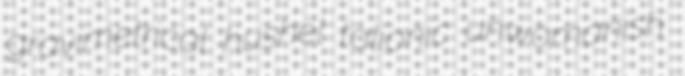
gravimetrical hushel talionic unwomanish